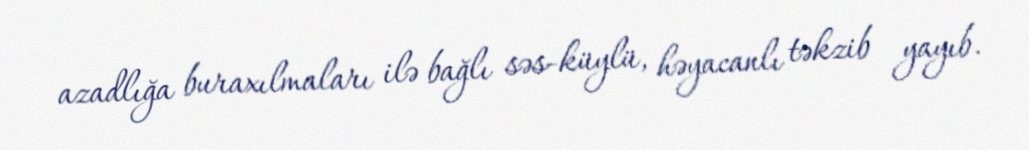
azadlığa buraxılmaları ilə bağlı səs-küylü, həyacanlı təkzib yayıb.